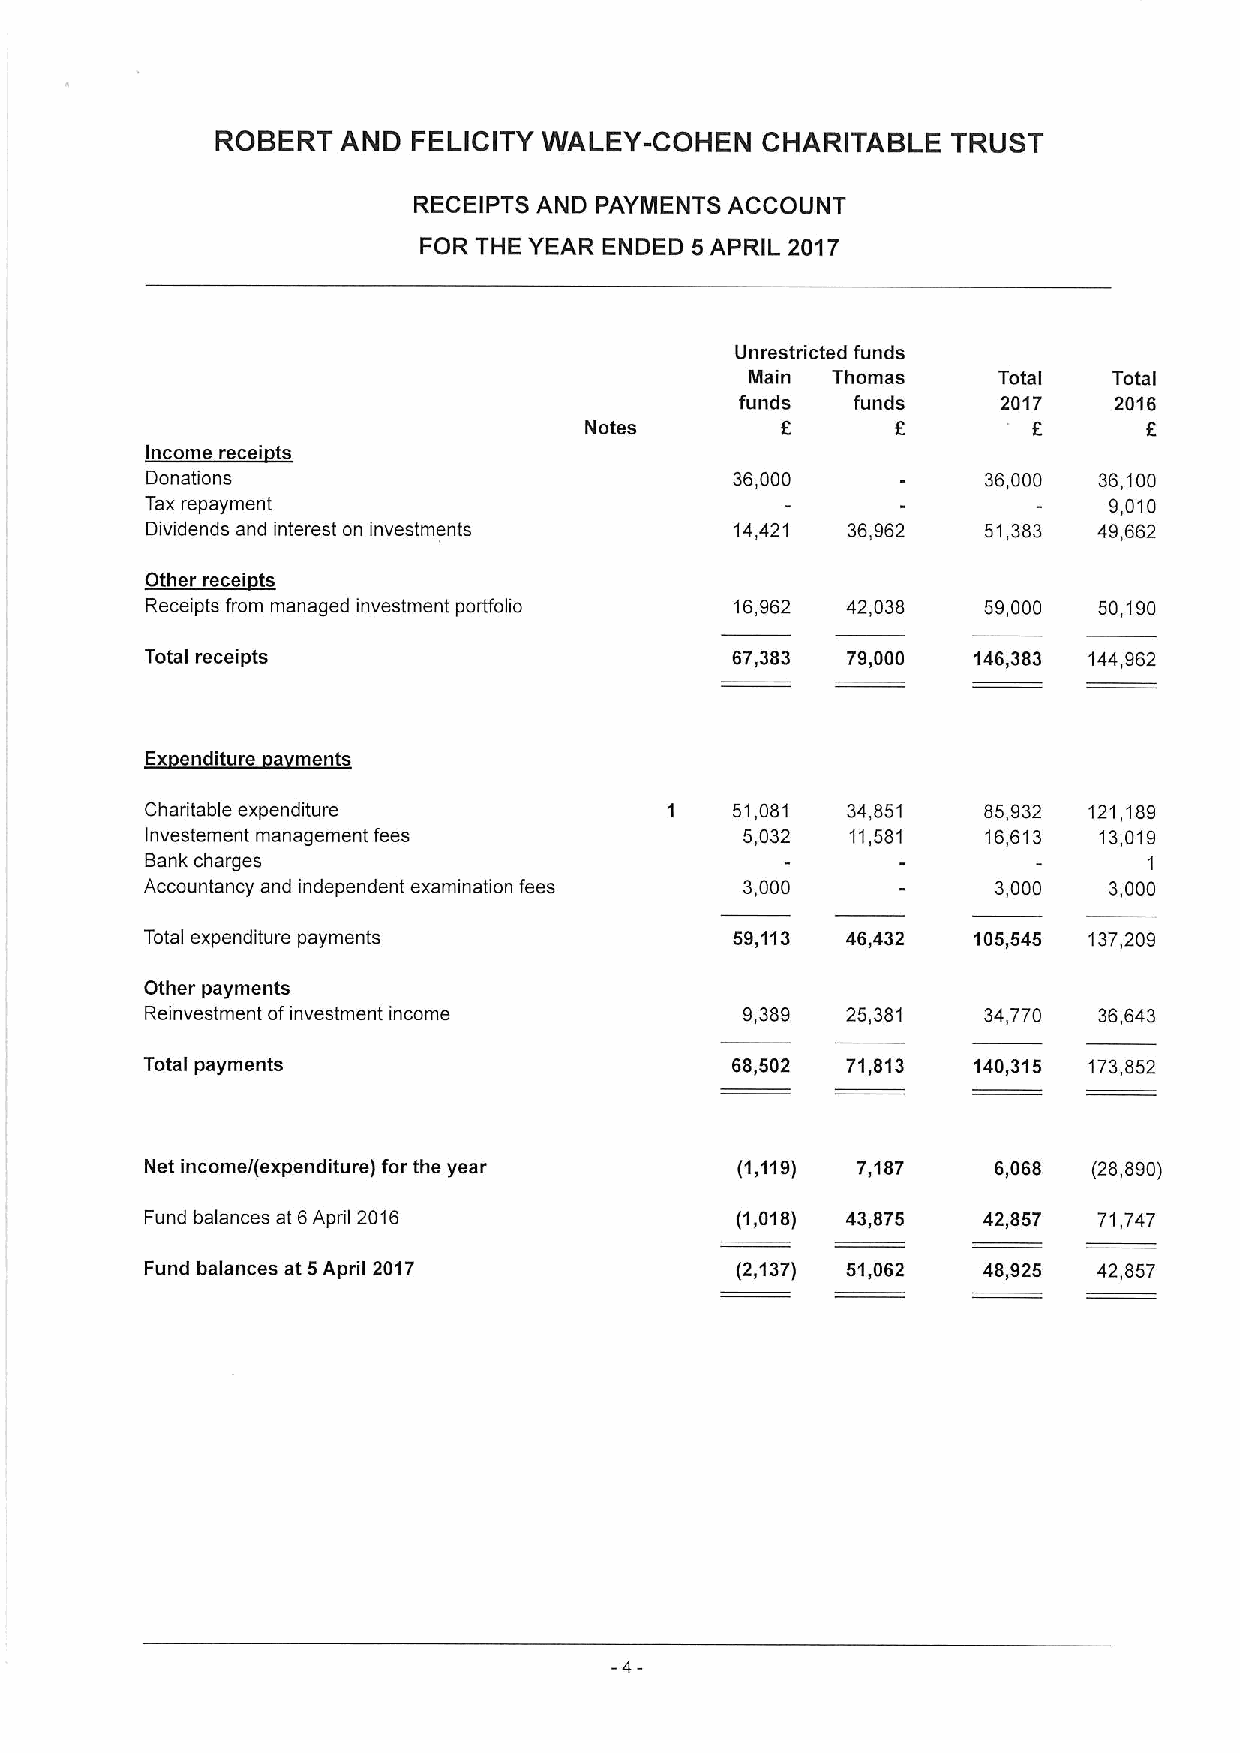
ROBERT   AND FELICITY WALEY-COHEN   CHARITABLE   TRUST
 RECEIPTS AND PAYMENTS ACCOUNT
 FOR THE YEAR ENDED 5 APRIL 2017
 Unrestricted funds
 Main Thomas     Total   Total
 funds   funds    2017    2016
 f      f        f
 Notes                                6
 t
 i
 Donations                              36,000          36,000  36,100
 Tax repayment                                                  9,010
 Dividends and interest on investments  14,421 36,962   51,383  49,662
 ~0th *i t
 Receipts from managed investment portfolio 16,962 42,038 59,000 50,190
 Total receipts                        67,383  79,000  146,383 144,962
 Ex enditure a ments
 Charitable expenditure            1   51,081  34,851   85,932 121,189
 Investement management fees            5,032  11,581   16,613  13,019
 Bank charges
 1
 Accountancy and independent examination fees 3,000      3,000  3,000
 Total expenditure payments             59,113 46,432  105,545 137,209
 Other payments
 Reinvestment ofinvestment income       9,389  25,381   34,770  36,643
 Total payments                        68,502  71,813  140,315 173,852
 Net income/(expenditure) for the year  (1,119) 7,187    6,068 (28,890)
 Fund balances at 6April 2016           (1,018) 43,875  42,857  71,747
 Fund balances at 5April 2017           (2,137) 51,062  48,925  42,857